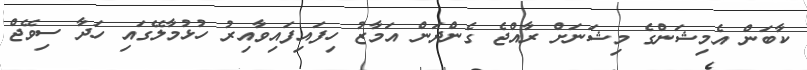
ކާބަން އެމިޝަންގެ މިޝަނަށް ރާއްޖެ ގެންދަން އަމާޒު ހިފައިފައިވާއިރު ހުޅުމާލޭގައި ހަދާ ސިވޭޖް